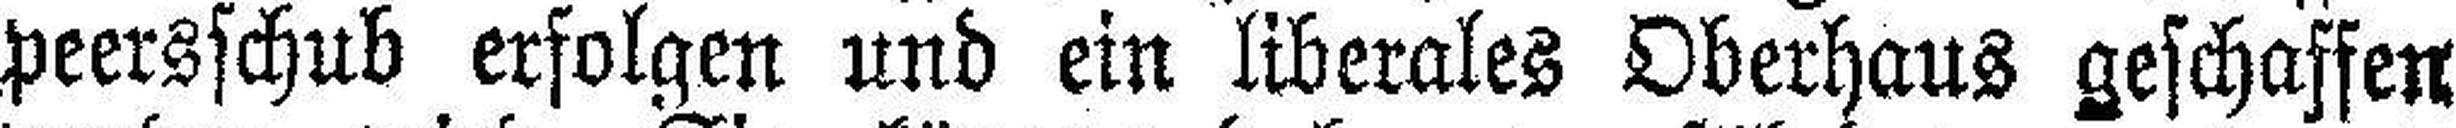
peersschub erfolgen und ein liberales Oberhaus geschaffen